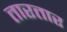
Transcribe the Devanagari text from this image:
तारतार